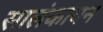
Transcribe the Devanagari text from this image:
सालंकायन